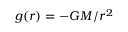
g ( r ) = - G M / r ^ { 2 }